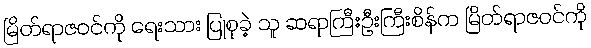
မြိတ်ရာဇဝင်ကို ရေးသား ပြုစုခဲ့ သူ ဆရာကြီးဦးကြီးစိန်က မြိတ်ရာဇဝင်ကို